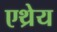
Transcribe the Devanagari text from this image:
एथ्रेय